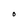
Character: 0